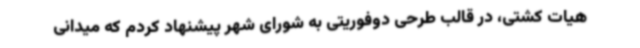
هیات کشتی، در قالب طرحی دوفوریتی به شورای شهر پیشنهاد کردم که میدانی